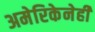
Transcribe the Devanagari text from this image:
अमेरिकेनेही